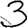
Digit: 3